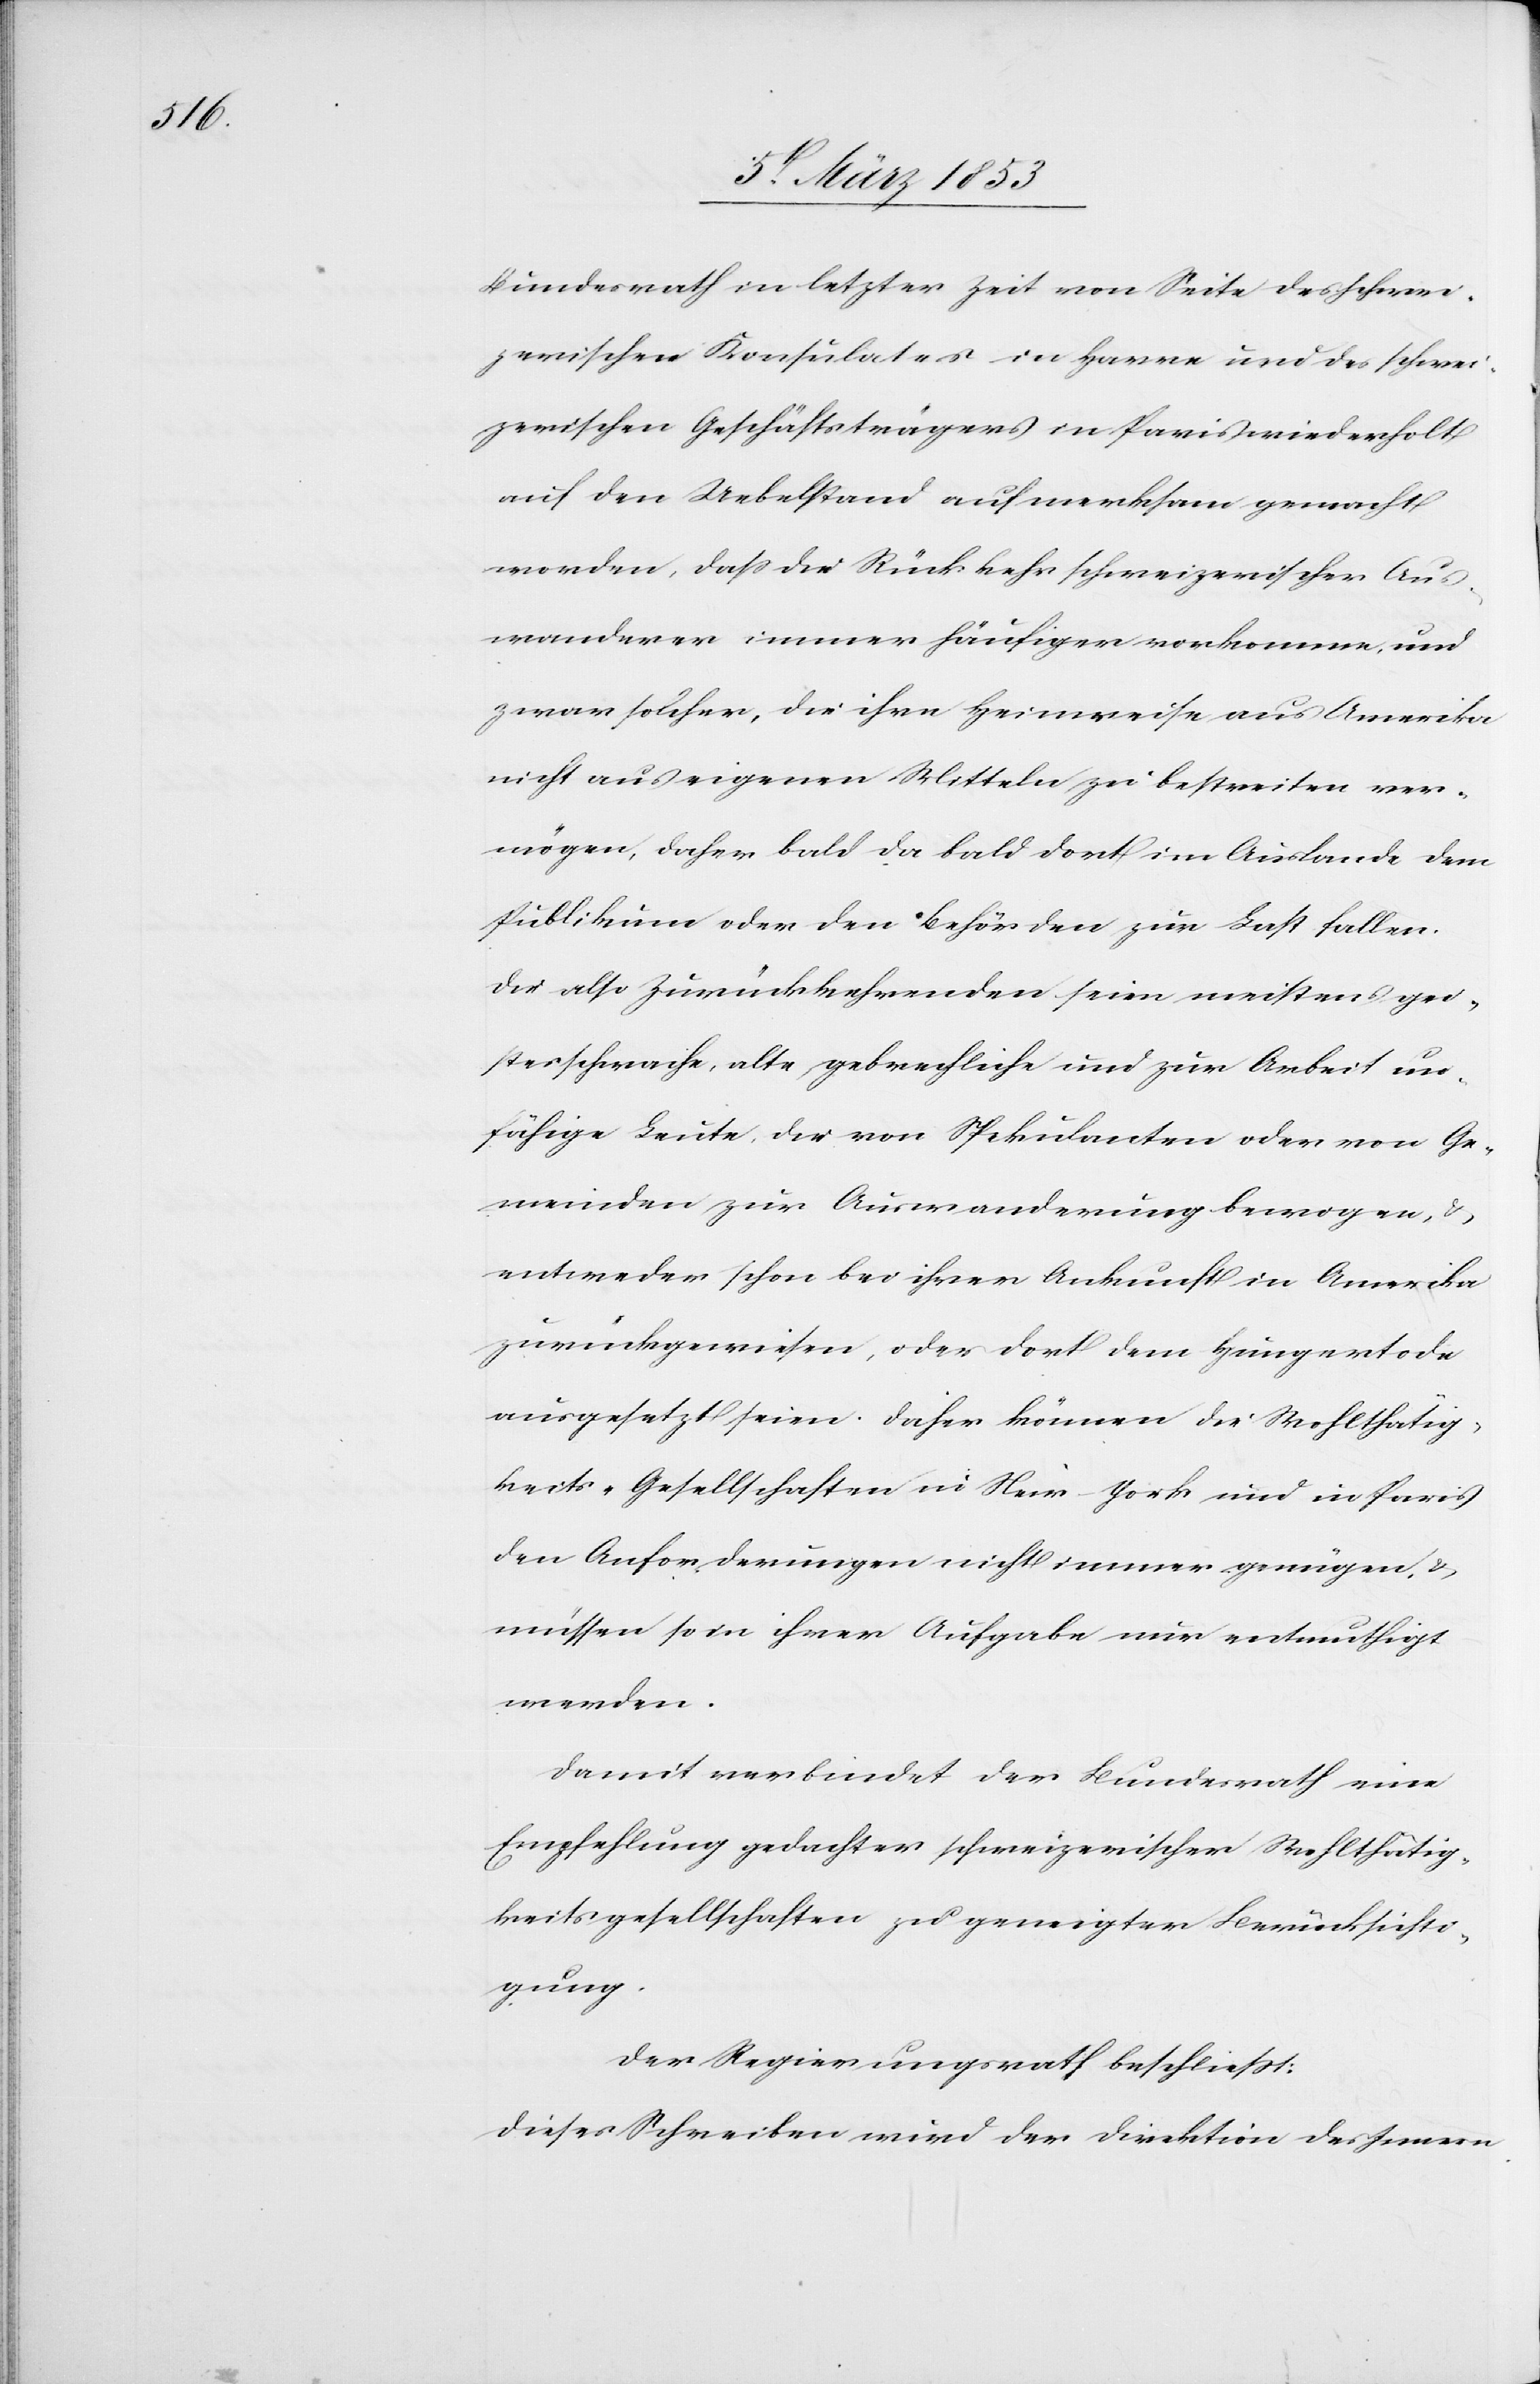
Bundesrath in letzter Zeit von Seite des schwei¬
zerischen Konsulates in Havre und des schwei¬
zerischen Geschäftsträgers in Paris wiederholt
auf den Uebelstand aufmerksam gemacht
worden, daß die Rückkehr schweizerischer Aus¬
wanderer immer häufiger vorkomme und
zwar solcher, die ihre Heimreise aus Amerika
nicht aus eigenen Mitteln zu bestreiten ver¬
mögen, daher bald da bald dort im Auslande dem
Publikum oder den Behörden zur Last fallen.
Die also Zurückkehrenden seien meistens gei¬
stesschwache, alte gebrechliche und zur Arbeit un¬
fähige Leute, die von Spekulanten oder von Ge¬
meinden zur Auswanderung bewogen, u.
entweder schon bei ihrer Ankunft in Amerika
zurückgewiesen, oder dort dem Hungertode
ausgesetzt seien. Daher können die Wohlthätig¬
keits-Gesellschaften in Neu-York und in Paris
den Anforderungen nicht immer genügen, u.
müssen so in ihrer Aufgabe nur entmuthigt
werden.
Damit verbindet der Bundesrath eine
Empfehlung gedachter schweizerischer Wohlthätig¬
keitsgesellschaften zu geneigter Berücksichti¬
gung.
Der Regierungsrath beschließt:
Dieses Schreiben wird der Direktion des Innern